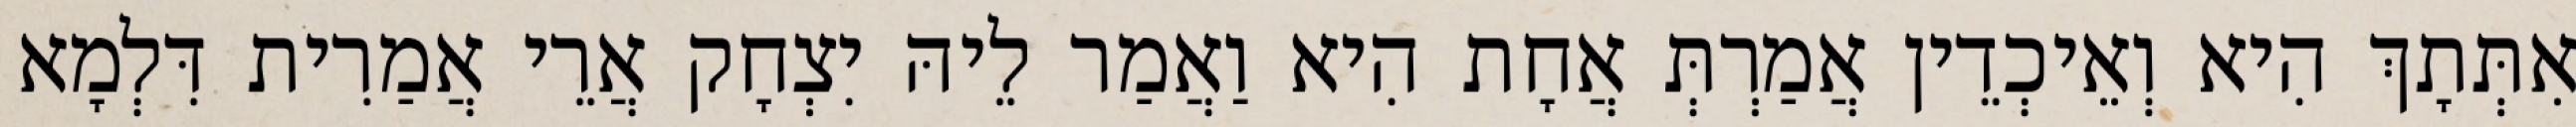
אִתְּתָךְ הִיא וְאֵיכְדֵין אֲמַרְתְּ אֲחָת הִיא וַאֲמַר לֵיהּ יִצְחָק אֲרֵי אֲמַרִית דִּלְמָא